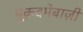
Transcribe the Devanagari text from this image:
मुक़दमेबाज़ी